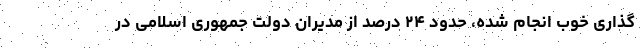
گذاری خوب انجام شده، حدود ۲۴ درصد از مدیران دولت جمهوری اسلامی در